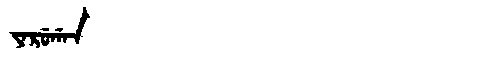
Manchu: ᠶᠠᡵᡠᡤᠠᠨ
Romanization: YARUGAN